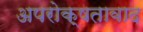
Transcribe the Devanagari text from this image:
अपरोक्षतावाद